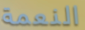
النعمة